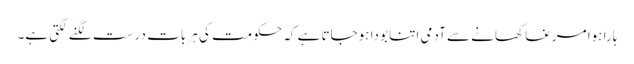
ہارا ہوا مرغا کھانے سے آدمی اتنا بودا ہوجاتا ہے کہ حکومت کی ہر بات درست لگنے لگتی ہے۔